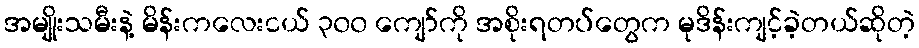
အမျိုးသမီးနဲ့ မိန်းကလေးငယ် ၃၀၀ ကျော်ကို အစိုးရတပ်တွေက မုဒိန်းကျင့်ခဲ့တယ်ဆိုတဲ့